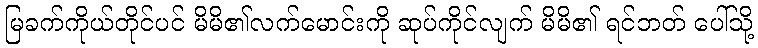
မြခက်ကိုယ်တိုင်ပင် မိမိ၏လက်မောင်းကို ဆုပ်ကိုင်လျက် မိမိ၏ ရင်ဘတ် ပေါ်သို့